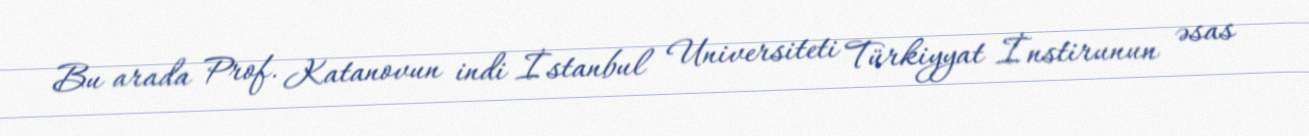
Bu arada Prof. Katanovun indi İstanbul Universiteti Türkiyyat İnstirunun əsas